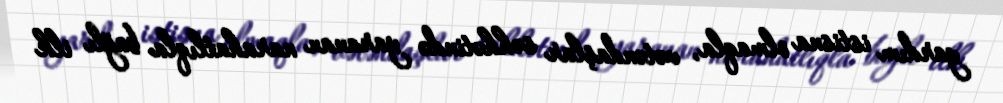
yardım istisna olmaqla, vətəndaşlar səhhətində yaranan narahatlıqla bağlı ilk